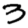
Digit: 3